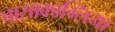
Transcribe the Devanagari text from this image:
पासाकाग्लिया